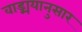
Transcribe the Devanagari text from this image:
वाड्मयानुसार